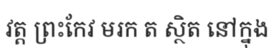
វត្ត ព្រះកែវ មរក ត ស្ថិត នៅក្នុង